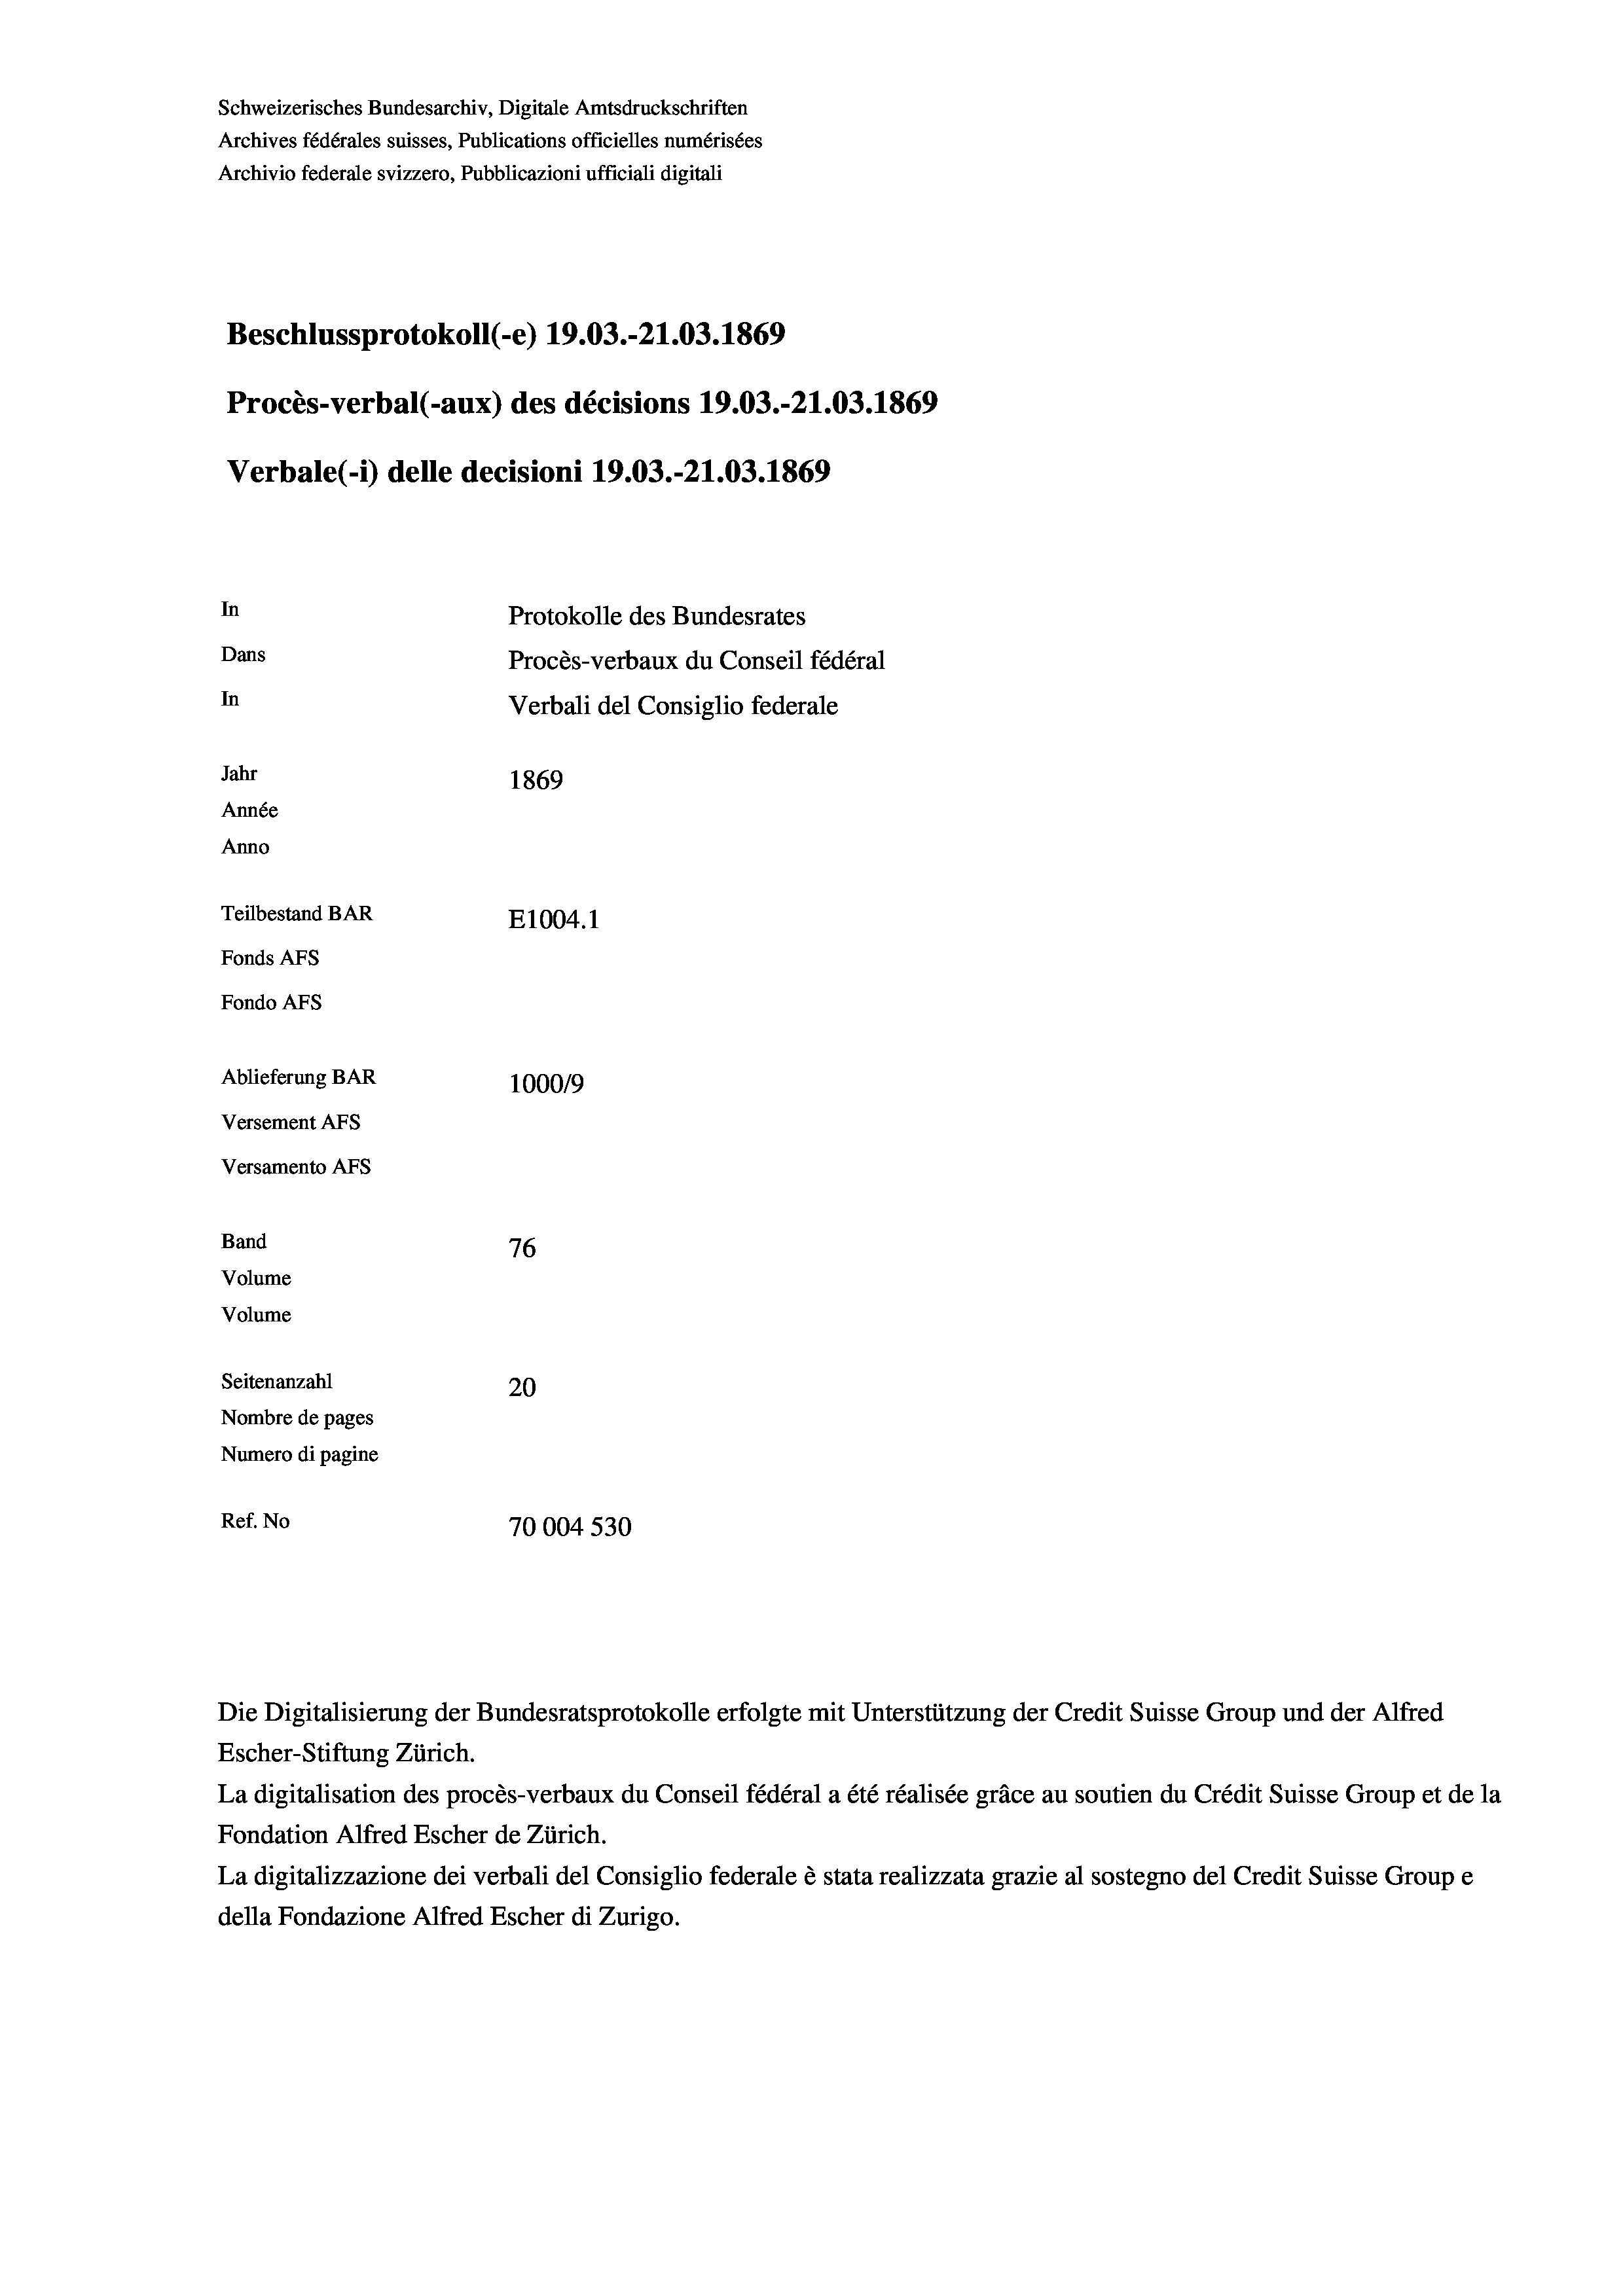
Beschlussprotokoll (-e) 19.03.-21.03. 1869
Procès-verbal (-aux) des décisions 19.03.-21.03. 1869
Verbale(-*) delle decisioni 19.03.-21.03. 1869
In
Protokolle des Bundesrates
Dans
Procès-verbaux du Conseil fédéral
In
Verbali del Consiglio federale
Jahr
1869
Année
Anno
Teilbestand BAR
E1004.1
Fonds AFs
Fondo AFS

Schweizerisches Bundesarchiv, Digitale Amtsdruckschriften
Archives fédérales suisses, Publications officielles numérisées

100019
76

Archivio federale svizzero, Pubblicazioni ufficiali digitali

Seitenanzahl
20
Nombre de pages
Numero di pagine
Ref. No
70004 530

Ablieferung BAR
Versement AFs
Versamento AFs
Band
Volume
Volume
Die Digitalisierung der Bundesratsprotokolle erfolgte mit Unterstützung der Credit Suisse Group und der Alfred
Escher-Stiftung Zürich.
La digitalisation des procès-verbaux du Conseil fédéral a été réalisée gräce au soutien du Crédit Suisse Group et de la
Fondation Alfred Escher de Zürich.
La digitalizzazione dei verbali del Consiglio federale è stata realizzata grazie al sostegno del Credit Suisse Groupe
della Fondazione Alfred Escher di Zurigo.